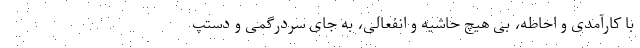
با کارآمدی و احاطه، بی هیچ حاشیه و انفعالی، به جای سردرگمی و دستپ